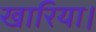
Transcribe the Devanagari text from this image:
खारिया।